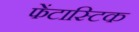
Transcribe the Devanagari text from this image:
फेंटास्टिक